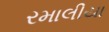
રમાલીયા